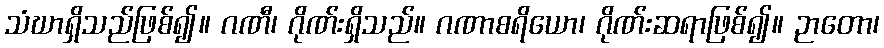
သံဃာရှိသည်ဖြစ်၍။ ဂဏီ၊ ဂိုဏ်းရှိသည်။ ဂဏာစရိယော၊ ဂိုဏ်းဆရာဖြစ်၍။ ဉာတော၊